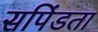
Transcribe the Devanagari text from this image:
सपिंडता